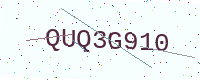
Text: QUQ3G910